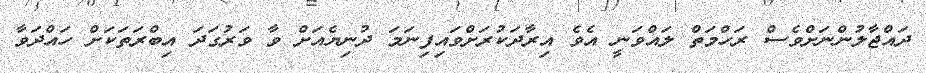
ދައްޖާލުންނަށްވެސް ރަހްމަތް ލައްވަނީ އެވެ އިރާދަކުރަށްވައިފިނަމަ ދުނިޔެއަށް ވާ ވަރުގަދަ އިބްރަތަކަށް ހައްދަވާ